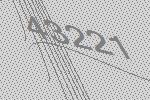
43221